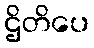
ဌိတိပေ